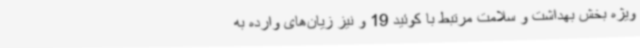
ویژه بخش بهداشت و سلامت مرتبط با کوئید 19 و نیز زیان‌های وارده به